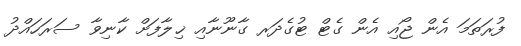
ފުރަތަމަ އެން ޖޯއި އެން ގެޓް ޓުގެދަރ ގާނޫނާއި ޚިލާފަށް ކާނިވާ ސަރަހައްދު